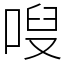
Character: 㖬